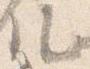
ル